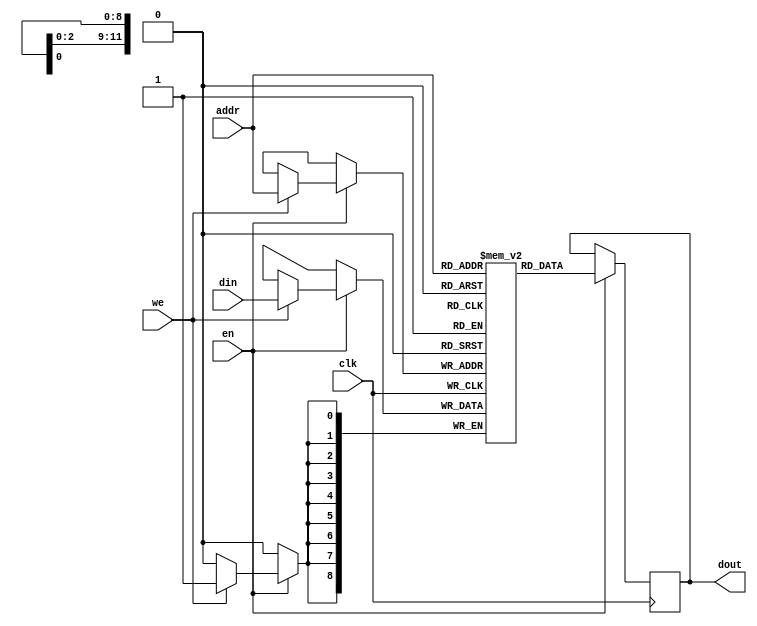
`timescale 1ns / 1ps
module sp_ram (
  input         clk,
  input         we,
  input         en,
  input  [11:0] addr, // log2 4096
  input  [8:0]  din,
  output [8:0]  dout
);

// 8 bit pixel value + 1 status bit
reg [8:0] memory[4095:0];
reg [8:0] dout_reg;

always @(posedge clk) begin
  if (en) begin
    if (we) begin
      memory[addr] <= din;
    end
    dout_reg <= memory[addr];
  end
end

assign dout = dout_reg;

endmodule